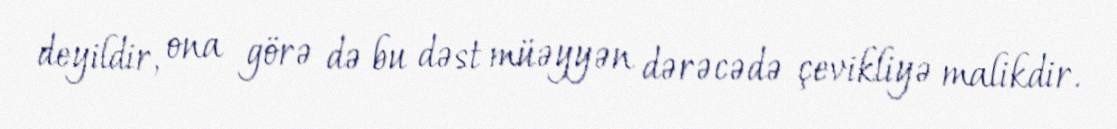
deyildir, ona görə də bu dəst müəyyən dərəcədə çevikliyə malikdir.